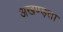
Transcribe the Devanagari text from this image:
अखण्ड़ता